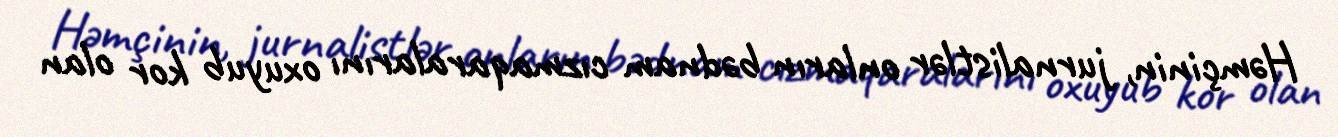
Həmçinin, jurnalistlər onların bədnam cızmaqaralarını oxuyub kor olan